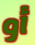
أو